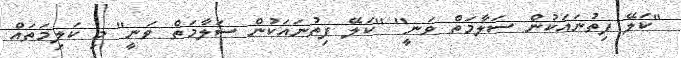
''ކަލޭ ފިތުނައަކުން ސަލާމަތް ވަނީ'' ''ކަލޭ ފިތުނައަކުން ސަލާމަތް ވަނީ'' މި ކަލިމަތައް